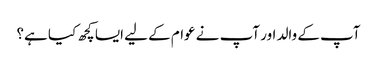
آپ کے والد اور آپ نے عوام کے لیے ایسا کچھ کیا ہے؟